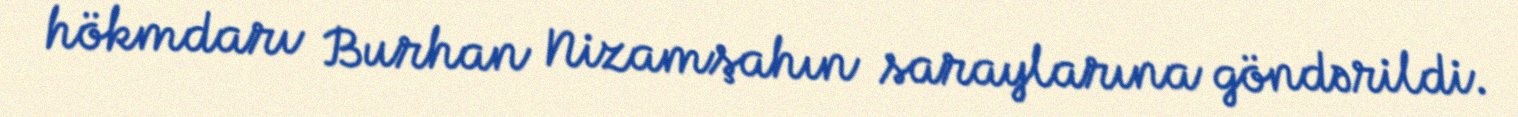
hökmdarı Burhan Nizamşahın saraylarına göndərildi.